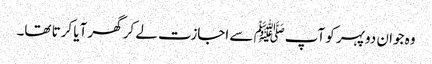
وہ جوان دوپہر کو آپﷺ سے اجازت لے کر گھر آیا کرتا تھا۔